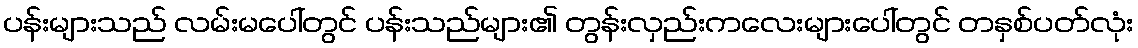
ပန်းများသည် လမ်းမပေါ်တွင် ပန်းသည်များ၏ တွန်းလှည်းကလေးများပေါ်တွင် တနှစ်ပတ်လုံး